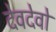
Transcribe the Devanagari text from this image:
देवदेवो